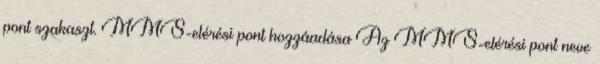
pont szakaszt. MMS-elérési pont hozzáadása Az MMS-elérési pont neve